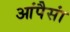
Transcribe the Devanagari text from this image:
आंपैसां